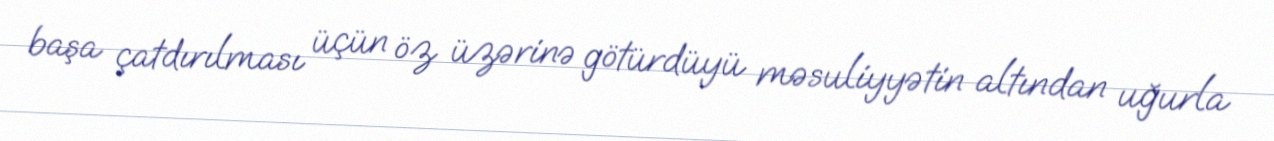
başa çatdırılması üçün öz üzərinə götürdüyü məsuliyyətin altından uğurla